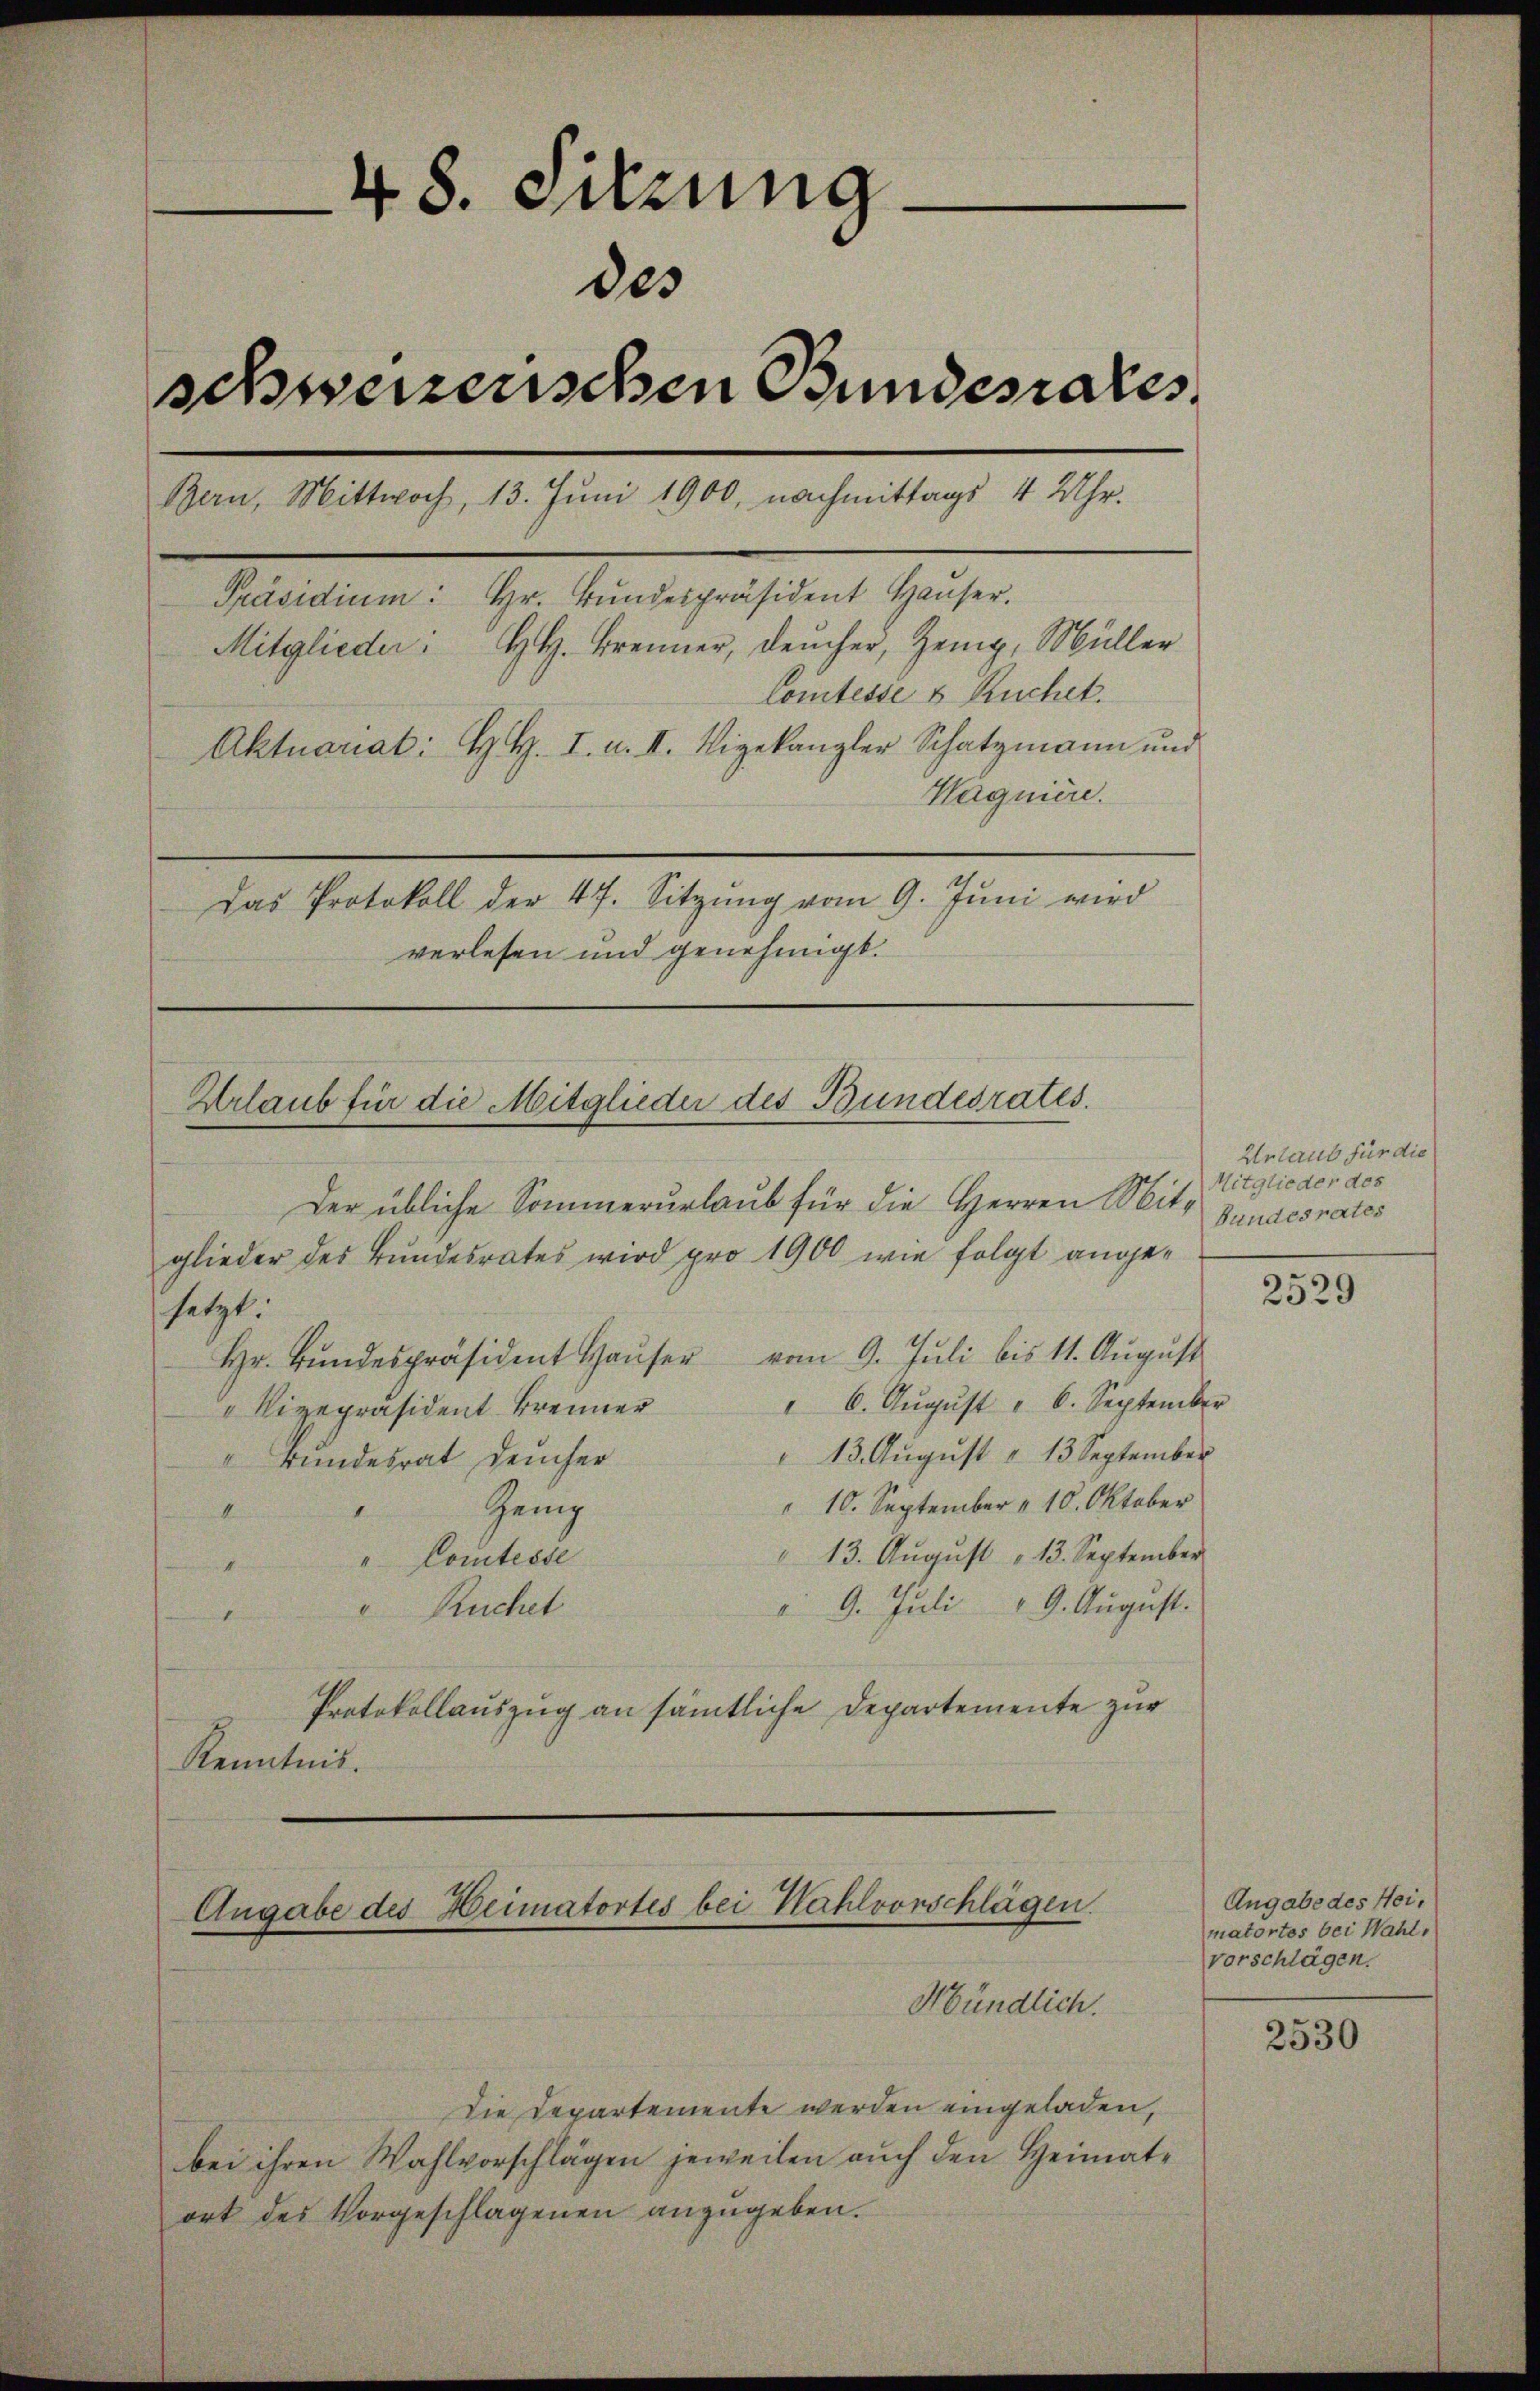
.
48. Sitzung
des
schweizerischen Bundesrates
Bern, Mittwoch, 13. Juni 1900, nachmittags 4 Uhr.
Präsidium: Hr. Bŭndespräsident Haŭser.
Mitglieder. H. Brenner, Deucher, Zeig, Müller
Comtesse & Ruchet.
Aktuariat: H. H. I. u. II. Vigekanzler Schatzmann und
Hagnière.
Das Protokoll der 47. Sitzung vom 9. Juni wird
verlesen und genehmigt.

Urlaub für die Mitglieder des Bundesrates.
Der übliche Sommerurlaub für die Herren Mitglieder des Bundesrates wird pro 1900 wie folgt ange¬

setzt.
Hr. Bŭndespräsident Haŭser vom 9. Jŭli bis 11. Aŭgŭst
" 6. Aŭgŭst " 6. September
" Vizepräsident Brenner
" 13. August " 13 September
" Bundesrat Deucher
 10. September v. 10. Oktober
Geng
1.
4
13. August 13. September
"Comtesse

 9. Juli 19. August.
" Ruchet
1
Protokollauszug an sämtliche Departemente zur
Kenntnis.

Angabe des Heimatortes bei Kahlvorschlagen.

Mündlich.
Die Departemente werden eingeladen,
bei ihren Wahlvorschlägen jeweilen auch den Heimatort des Vorgeschlagenen anzugeben.

Urlaub für die
Mitglieder des
Bundesrates

2529

Angabe des Heimatortes bei Wahl,
vorschlägen.

2530